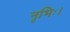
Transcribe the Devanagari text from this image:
नृभिः।